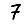
Digit: 7